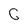
Character: C